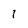
Character: 1